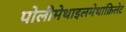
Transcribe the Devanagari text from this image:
पोलीमेथाइलमेथाक्रिलेट